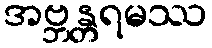
အဗ္ဘန္တရမဿ